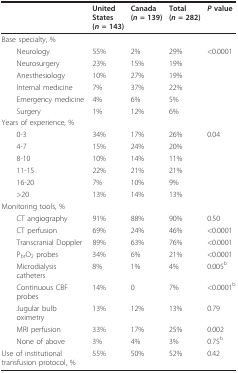
<table><thead><tr><td></td><td><b>United States(<i>n </i>= 143)</b></td><td><b>Canada(<i>n </i>= 139)</b></td><td><b>Total(<i>n </i>= 282)</b></td><td><b><i>P </i>value</b></td></tr></thead><tbody><tr><td>Base specialty, %</td><td></td><td></td><td></td><td></td></tr><tr><td> Neurology</td><td>55%</td><td>2%</td><td>29%</td><td>&lt;0.0001</td></tr><tr><td> Neurosurgery</td><td>23%</td><td>15%</td><td>19%</td><td></td></tr><tr><td> Anesthesiology</td><td>10%</td><td>27%</td><td>19%</td><td></td></tr><tr><td> Internal medicine</td><td>7%</td><td>37%</td><td>22%</td><td></td></tr><tr><td> Emergency medicine</td><td>4%</td><td>6%</td><td>5%</td><td></td></tr><tr><td> Surgery</td><td>1%</td><td>12%</td><td>6%</td><td></td></tr><tr><td>Years of experience, %</td><td></td><td></td><td></td><td></td></tr><tr><td> 0-3</td><td>34%</td><td>17%</td><td>26%</td><td>0.04</td></tr><tr><td> 4-7</td><td>15%</td><td>24%</td><td>20%</td><td></td></tr><tr><td> 8-10</td><td>10%</td><td>14%</td><td>11%</td><td></td></tr><tr><td> 11-15</td><td>22%</td><td>21%</td><td>21%</td><td></td></tr><tr><td> 16-20</td><td>7%</td><td>10%</td><td>9%</td><td></td></tr><tr><td> &gt;20</td><td>13%</td><td>14%</td><td>13%</td><td></td></tr><tr><td>Monitoring tools, %</td><td></td><td></td><td></td><td></td></tr><tr><td> CT angiography</td><td>91%</td><td>88%</td><td>90%</td><td>0.50</td></tr><tr><td> CT perfusion</td><td>69%</td><td>24%</td><td>46%</td><td>&lt;0.0001</td></tr><tr><td> Transcranial Doppler</td><td>89%</td><td>63%</td><td>76%</td><td>&lt;0.0001</td></tr><tr><td> P<sub>bt</sub>O<sub>2 </sub>probes</td><td>34%</td><td>6%</td><td>21%</td><td>&lt;0.0001</td></tr><tr><td> Microdialysis catheters</td><td>8%</td><td>1%</td><td>4%</td><td>0.005<sup>b</sup></td></tr><tr><td> Continuous CBF probes</td><td>14%</td><td>0</td><td>7%</td><td>&lt;0.0001<sup>b</sup></td></tr><tr><td> Jugular bulb oximetry</td><td>13%</td><td>12%</td><td>13%</td><td>0.79</td></tr><tr><td> MRI perfusion</td><td>33%</td><td>17%</td><td>25%</td><td>0.002</td></tr><tr><td> None of above</td><td>3%</td><td>4%</td><td>3%</td><td>0.75<sup>b</sup></td></tr><tr><td>Use of institutional transfusion protocol, %</td><td>55%</td><td>50%</td><td>52%</td><td>0.42</td></tr></tbody></table>